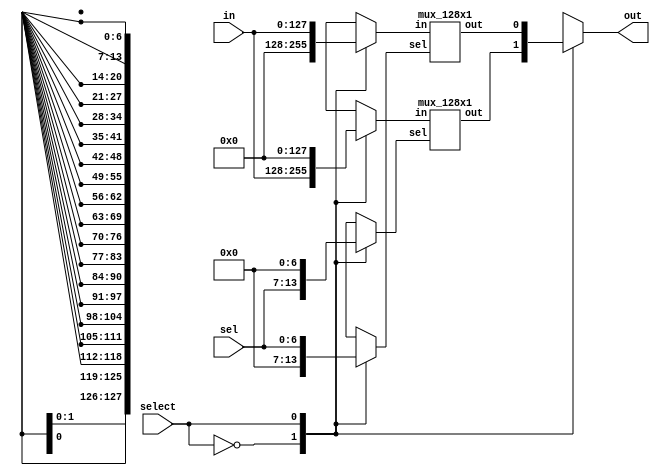
module mux_128_2 (in,sel,out,select);
    input [127:0] in;
    input [6:0]sel;
    output out;
    input select;
    
    reg [127:0] in_internal0, in_internal1;
    reg [6:0] sel_internal0, sel_internal1;
    wire  out_internal0, out_internal1;
    reg out_t; 
    always @(*)
    begin
        case(select)
            1'b0:
            begin
                in_internal0  = in;
                sel_internal0 = sel;
                out_t = out_internal0;
                in_internal1  =  0;
                sel_internal1 = 0;
            end
            1'b1:
            begin
                in_internal0  = 0;
                sel_internal0 = 0;
                in_internal1  =  in;
                sel_internal1 = sel;
                out_t = out_internal1;
            end  
        endcase
    end
    
    
    mux_128x1 inst0(
        .in(in_internal0 ),
        .sel(sel_internal0),
        .out(out_internal0)
        );
    mux_128x1 inst1(
            .in(in_internal1),
            .sel(sel_internal1),
            .out(out_internal1)
            );
    assign out =out_t;
    endmodule

module mux_128x1 (in,sel,out);
input [127:0] in;
input [6:0]sel;
output out;
wire out0_w, out1_w;

mux_64x1 m128_0(.in(in[63:0]),.sel(sel[5:0]),.out(out0_w));
mux_64x1 m128_1(.in(in[127:64]),.sel(sel[5:0]),.out(out1_w));
mux_2x1 m128_2(.a(out0_w),.b(out1_w),.sel(sel[6]),.out(out));

endmodule

module mux_64x1 (in,sel,out);
input [63:0] in;
input [5:0]sel;
output out;
wire out0_w, out1_w;

mux_32x1 m64_0(.in(in[31:0]),.sel(sel[4:0]),.out(out0_w));
mux_32x1 m64_1(.in(in[63:32]),.sel(sel[4:0]),.out(out1_w));
mux_2x1 m64_2(.a(out0_w),.b(out1_w),.sel(sel[5]),.out(out));

endmodule

module mux_32x1 (in,sel,out);
input [31:0] in;
input [4:0]sel;
output out;
wire out0_w, out1_w;

mux_16x1 m32_0(.in(in[15:0]),.sel(sel[3:0]),.out(out0_w));
mux_16x1 m32_1(.in(in[31:16]),.sel(sel[3:0]),.out(out1_w));
mux_2x1 m32_2(.a(out0_w),.b(out1_w),.sel(sel[4]),.out(out));

endmodule

module mux_16x1 (in,sel,out);
input [15:0] in;
input [3:0]sel;
output out;
wire out0_w, out1_w;

mux_8x1 m16_0(.in(in[7:0]),.sel(sel[2:0]),.out(out0_w));
mux_8x1 m16_1(.in(in[15:8]),.sel(sel[2:0]),.out(out1_w));
mux_2x1 m16_2(.a(out0_w),.b(out1_w),.sel(sel[3]),.out(out));

endmodule

module mux_8x1 (in,sel,out);
input [7:0] in;
input [2:0]sel;
output out;
wire out0_w, out1_w;

mux_4x1 m8_0(.in(in[3:0]),.sel(sel[1:0]),.out(out0_w));
mux_4x1 m8_1(.in(in[7:4]),.sel(sel[1:0]),.out(out1_w));
mux_2x1 m8_2(.a(out0_w),.b(out1_w),.sel(sel[2]),.out(out));

endmodule

module mux_4x1 (in,sel,out);
input [3:0] in;
input [1:0]sel;
output out;
wire out0_w, out1_w;

mux_2x1 m4_0(.a(in[0]),.b(in[1]),.sel(sel[0]),.out(out0_w));
mux_2x1 m4_1(.a(in[2]),.b(in[3]),.sel(sel[0]),.out(out1_w));
mux_2x1 m4_2(.a(out0_w),.b(out1_w),.sel(sel[1]),.out(out));

endmodule 

module mux_2x1 (a,b,sel,out);
input a,b;
input sel;
output out;

assign out = sel ? b : a;

endmodule